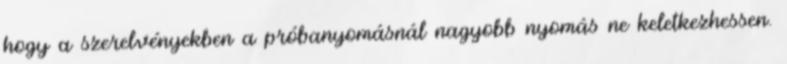
hogy a szerelvényekben a próbanyomásnál nagyobb nyomás ne keletkezhessen.